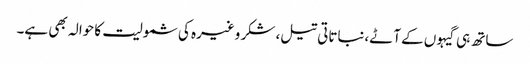
ساتھ ہی گیہوں کے آٹے،نباتاتی تیل، شکر وغیرہ کی شمولیت کا حوالہ بھی ہے۔